Indian Civil Veterinary Department memoirs
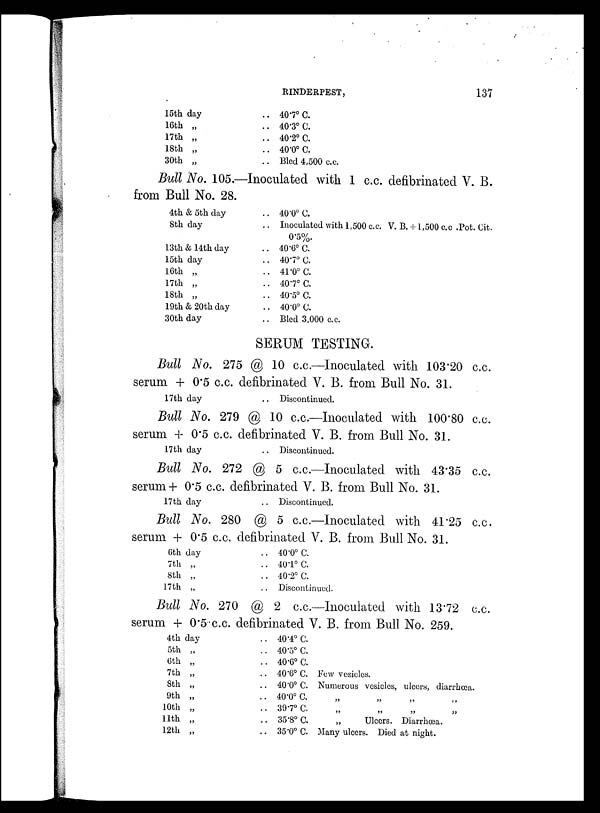
RINDERPEST,
137
15th day
16th „
17th „
18th „
30th „
.. 40.7º C.
.. 40.3º C.
.. 40.2º C.
.. 40.0º C.
.. Bled 4,500 c.c.
Bull No. 105.—Inoculated with 1 c.c. defibrinated V. B.
from Bull No. 28.
4th & 5th day
8th day
13th & 14th day
15th day
16th „
17th „
18th „
19th & 20th day
30th day
.. 40.0º C.
.. Inoculated with 1,500 c.c. V. B.+1,500 c.c. .Pot. Cit.
0.5%.
.. 40.6º C.
.. 40.7º C.
.. 41.0º C.
.. 40.7º C.
.. 40.5º C.
.. 40.0º C.
.. Bled 3,000 c.c.
SERUM TESTING.
Bull No. 275 @ 10 c.c.—Inoculated with 103.20 c.c.
serum + 0.5 c.c. defibrinated V. B. from Bull No. 31.
17th day
.. Discontinued.
Bull No. 279 @ 10 c.c.—Inoculated with 100.80 c.c.
serum + 0.5 c.c. defibrinated V. B. from Bull No. 31.
17th day
.. Discontinued.
Bull No. 272 @ 5 c.c.—Inoculated with 43.35 c.c.
serum + 0.5 c.c. defibrinated V. B. from Bull No. 31.
17th day
.. Discontinued.
Bull No. 280 @ 5 c.c.—Inoculated with 41.25 c.c.
serum + 0.5 c.c. defibrinated V. B. from Bull No. 31.
6th day
7th „
8th „
17th „
.. 40.0º C.
.. 40.1º C.
.. 40.2º C.
.. Discontinued.
Bull No. 270 @ 2 c.c.—Inoculated with 13.72 c.c.
serum + 0.5 c.c. defibrinated V. B. from Bull No. 259.
4th day
5th „
6th „
7th „
8th „
9th „
10th „
11th „
12th „
.. 40.4º C.
.. 40.5º C.
.. 40.6º C.
.. 40.6º C. Few vesicles.
.. 40.0º C. Numerous vesicles, ulcers, diarrhœa.
.. 40.0º C. „ „ „ „
.. 397º C. „ „ „ „
.. 35.8º C.
„
Ulcers. Diarrhœa.
.. 35.0º C. Many ulcers. Died at night.